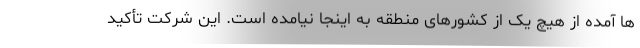
ها آمده از هیچ یک از کشورهای منطقه به اینجا نیامده است. این شرکت تأکید